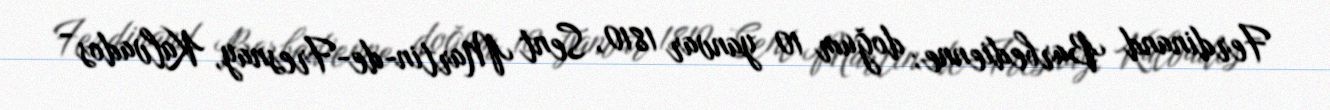
Ferdinand Barbedienne; doğum 10 yanvar 1810, Sent Martin-de-Fresnay, Kalvados -